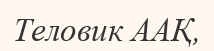
Теловик ААҚ,